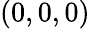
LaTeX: (0,0,0)